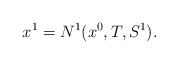
LaTeX: \begin{align*} x^1 = N^1(x^0,T,S^1).\end{align*}